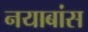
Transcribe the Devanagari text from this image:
नयाबांस